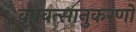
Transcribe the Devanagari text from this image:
वृषवत्सानुकरणो